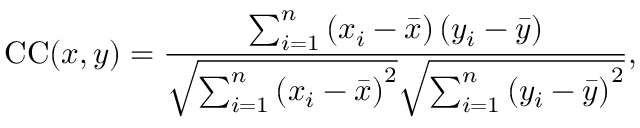
\mathrm { C C } ( { \boldsymbol { x } } , { \boldsymbol { y } } ) = \frac { \sum _ { i = 1 } ^ { n } \left( x _ { i } - \bar { x } \right) \left( y _ { i } - \bar { y } \right) } { \sqrt { \sum _ { i = 1 } ^ { n } \left( x _ { i } - \bar { x } \right) ^ { 2 } } \sqrt { \sum _ { i = 1 } ^ { n } \left( y _ { i } - \bar { y } \right) ^ { 2 } } } ,